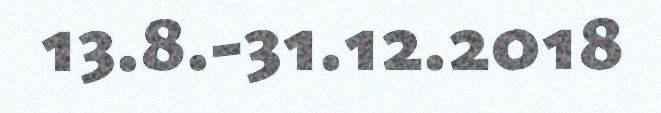
13.8.-31.12.2018